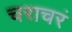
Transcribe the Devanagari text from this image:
चराचरं